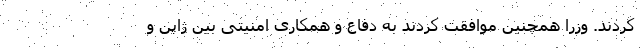
کردند. وزرا همچنین موافقت کردند به دفاع و همکاری امنیتی بین ژاپن و